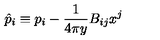
\hat { p } _ { i } \equiv p _ { i } - { \frac { 1 } { 4 \pi y } } B _ { i j } x ^ { j }